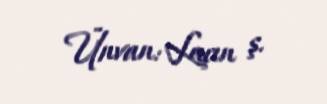
Ünvan: Laçın ş.